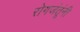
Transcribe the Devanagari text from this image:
रोगजंतूंनी